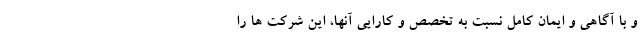
و با آگاهی و ایمان کامل نسبت به تخصص و کارایی آنها، این شرکت ها را